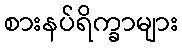
စားနပ်ရိက္ခာများ